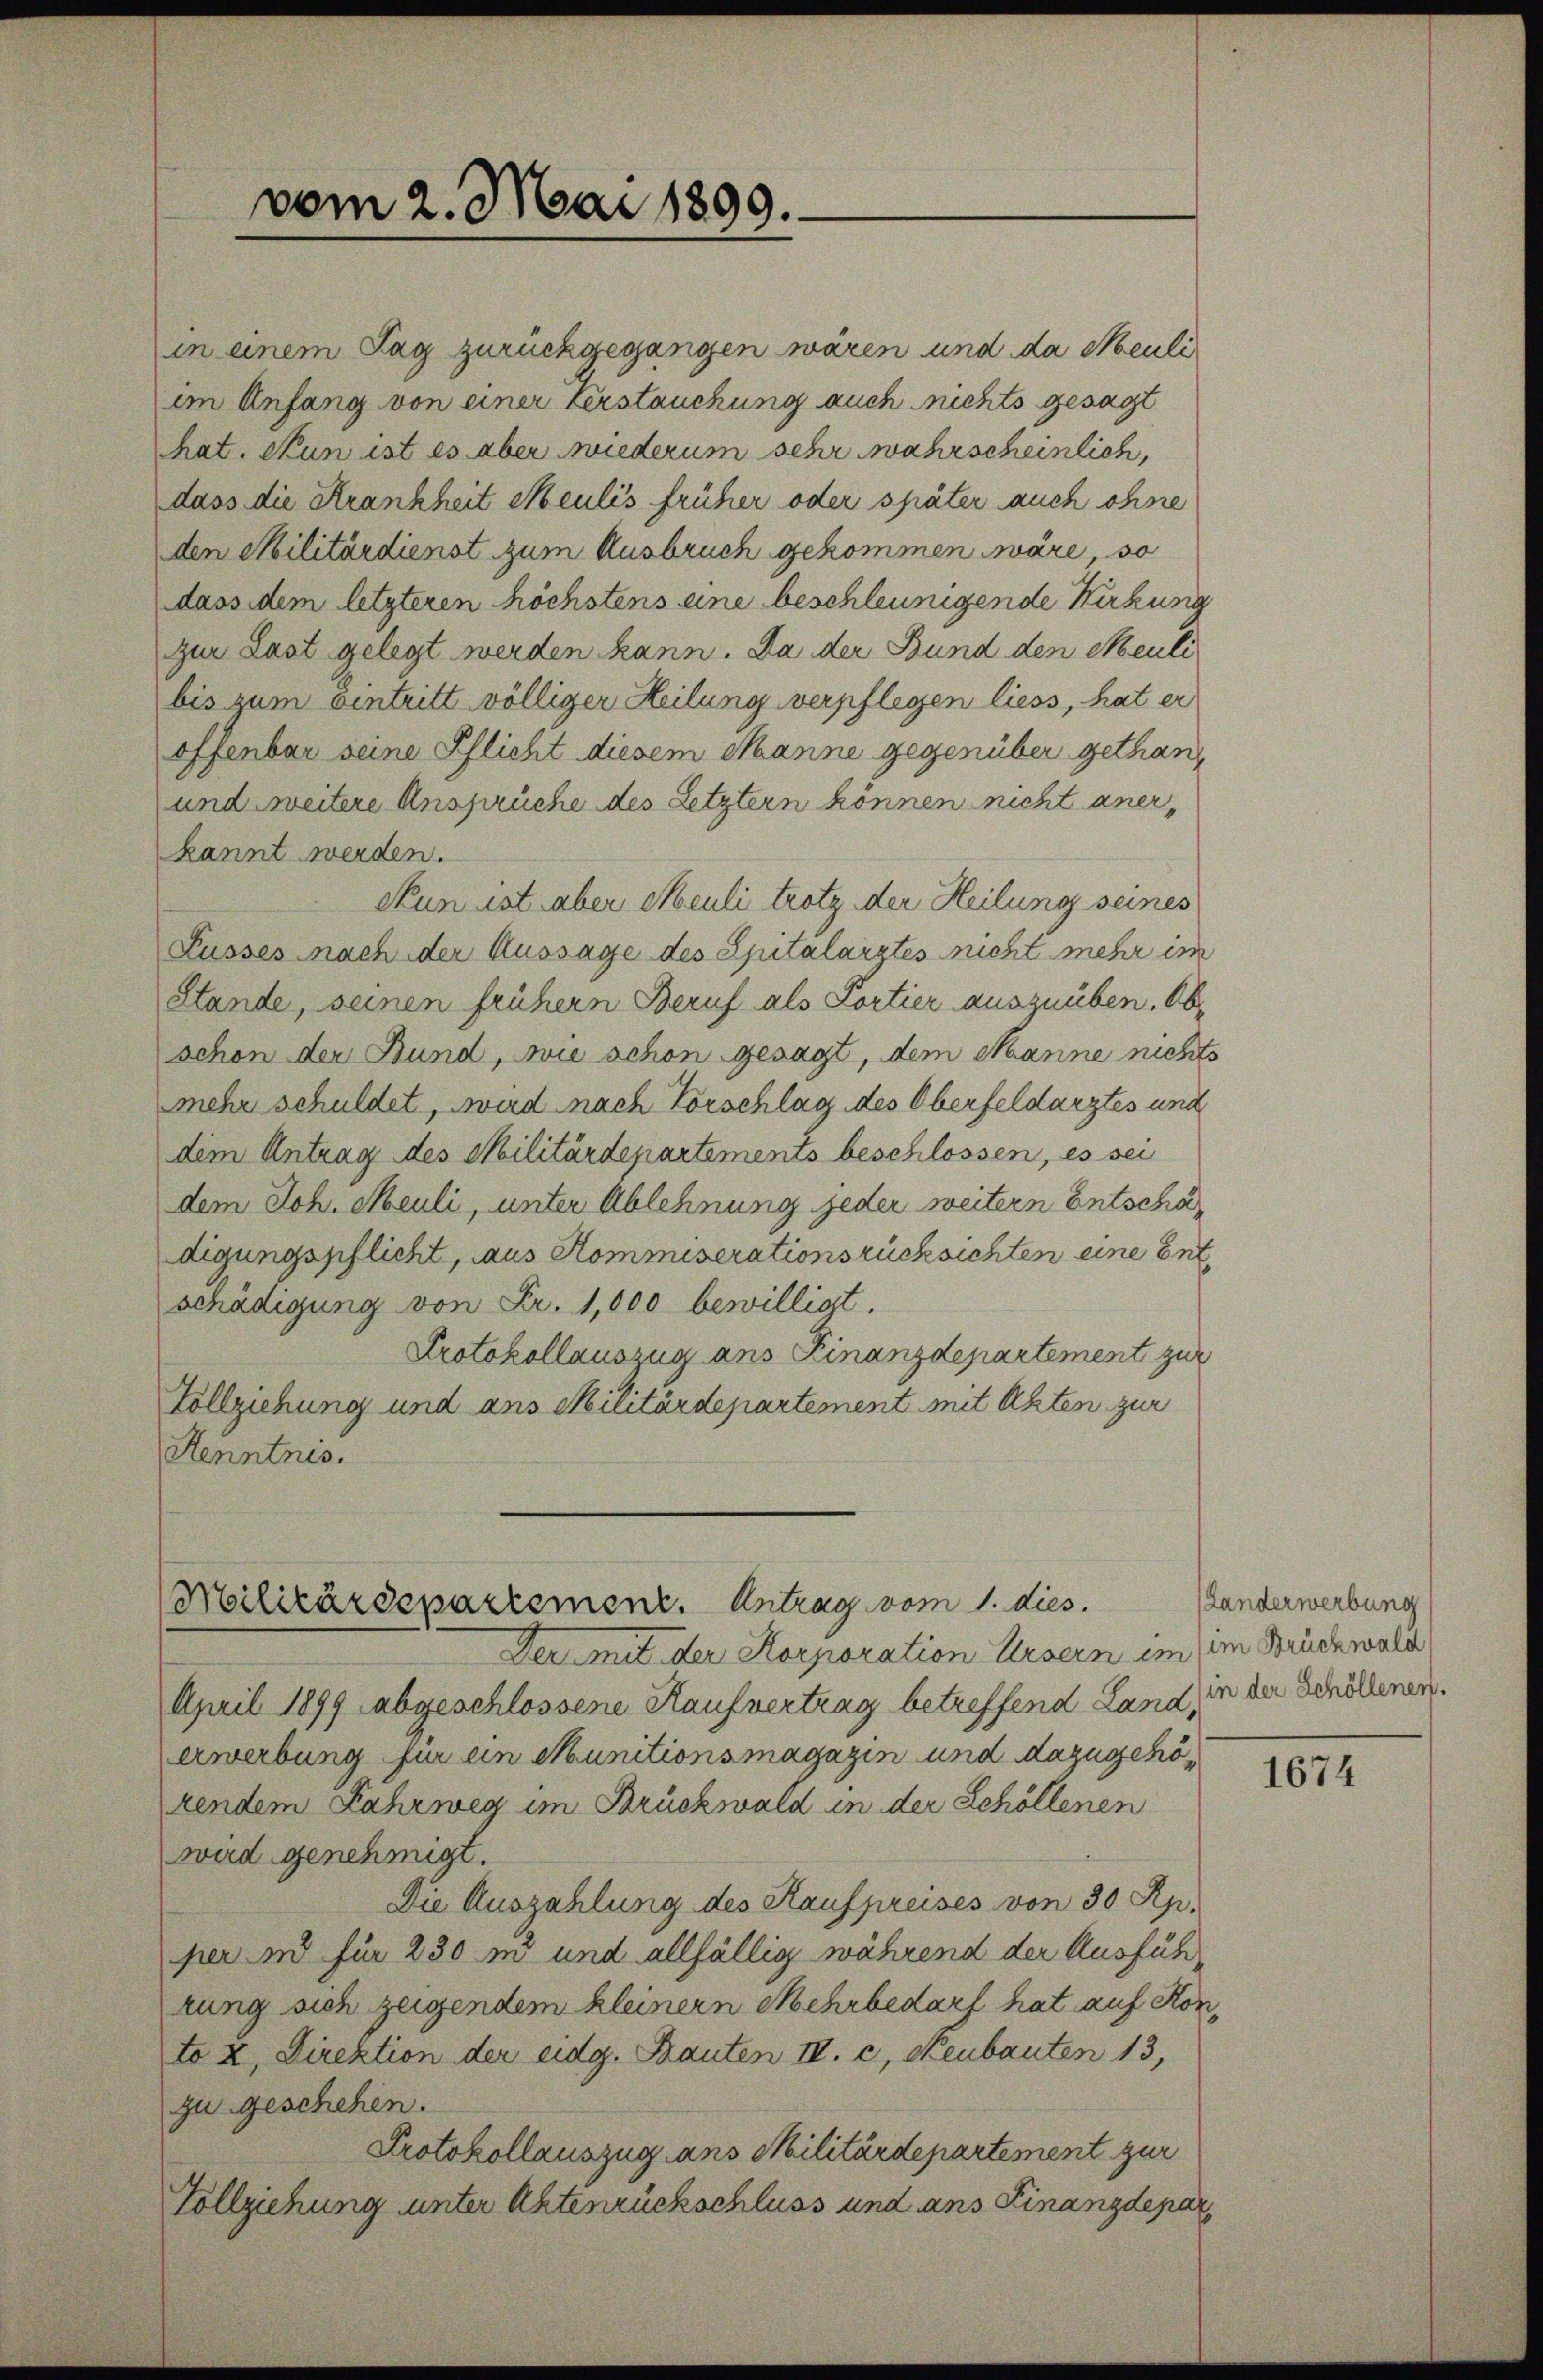
in einem Tag zurückgegangen wären und da Neuli
im Anfang von einer Verstauchung auch nichts gesagt
hat. Nun ist es aber wiederum sehr wahrscheinlich,
dass die Krankheit Meulis früher oder später auch ohne
den Militärdienst zum Ausbruch gekommen wäre, so
dass dem letzteren höchstens eine beschleunigende Wirkung
zur Last gelegt werden kann. Da der Bund den Meuli
bis zum eintritt völliger Heilung verpflegen liess, hat er
offenbar seine Pflicht diesem Manne gegenüber gethan,
und weitere Ansprüche des Letztern können nicht anerkannt werden.
Nun ist aber Meuli trotz der Heilung seines
Kusses nach der Aussage des Spitalarztes nicht mehr im
Stande, seinen frühern Beruf als Portier auszuüben. Ob
schon der Bund, wie schon gesagt, dem Manne nichts
mehr schuldet, wird nach Vorschlag des Oberfeldarztes und
dem Antrag des Militärdepartements beschlossen, es sei
dem Joh. Meuli, unter Ablehnung jeder weitern Entschädigungspflicht, aus Kommiserationsrücksichten eine Entschädigung von Fr. 1,000 bewilligt.
Protokollauszug ans Finanzdepartement zur
Vollziehung und ans Militärdepartement mit Akten zur
Henntnis.

vom 2. Mai 1899.

Militärdepartement. Antrag vom 1. dies

Der mit der Korporation Ursern ein im Brückwald
April 1899 abgeschlossene Kaufvertrag betreffend Land, in der Schöllenen.
erwerbung für ein Munitionsmagazin und dazugehözendem Fahrweg im Brückwald in der Schöllenen
wird genehmigt.
Die Auszahlung des Kaufpreises von 30 Rp.
per in für 230 m und allfällig während der Ausführung sich zeigendem kleinern Mehrbedarf hat auf Konto X, Direktion der eidg. Bauten IV. c, Neubauten 13,
zu geschehen.
Protokollauszug ans Militärdepartement zur
Vollziehung unter Aktenrückschluss und ans Finanzdepar

Landerwerbung

1674